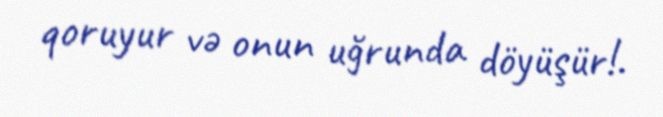
qoruyur və onun uğrunda döyüşür!.